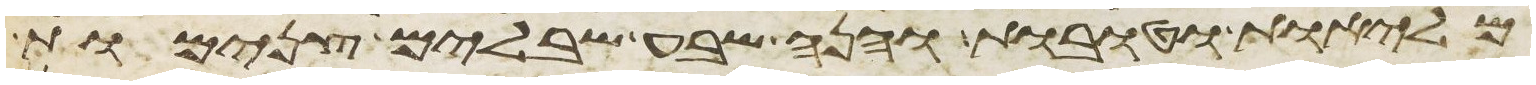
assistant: מליות וטובות והנה שבע שבלים צנמות